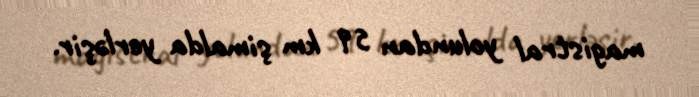
magistral yolundan 59 km şimalda yerləşir.